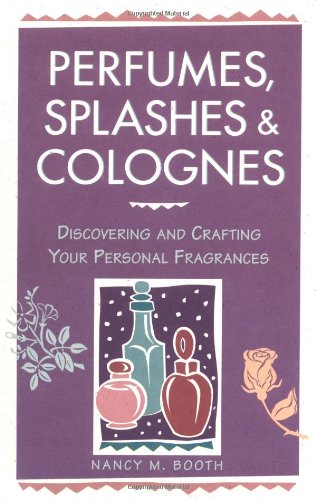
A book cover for Perfumes, Splashes & Colognes: Discovering and Crafting Your Personal Fragrances; Nancy M. Booth; Crafts, Hobbies & Home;